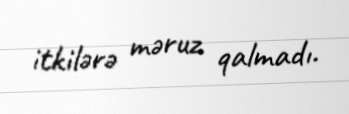
itkilərə məruz qalmadı.